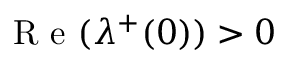
\mathrm { ~ R ~ e ~ } ( \lambda ^ { + } ( 0 ) ) > 0